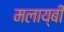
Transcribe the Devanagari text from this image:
मलाय्बी